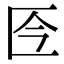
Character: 𠤮